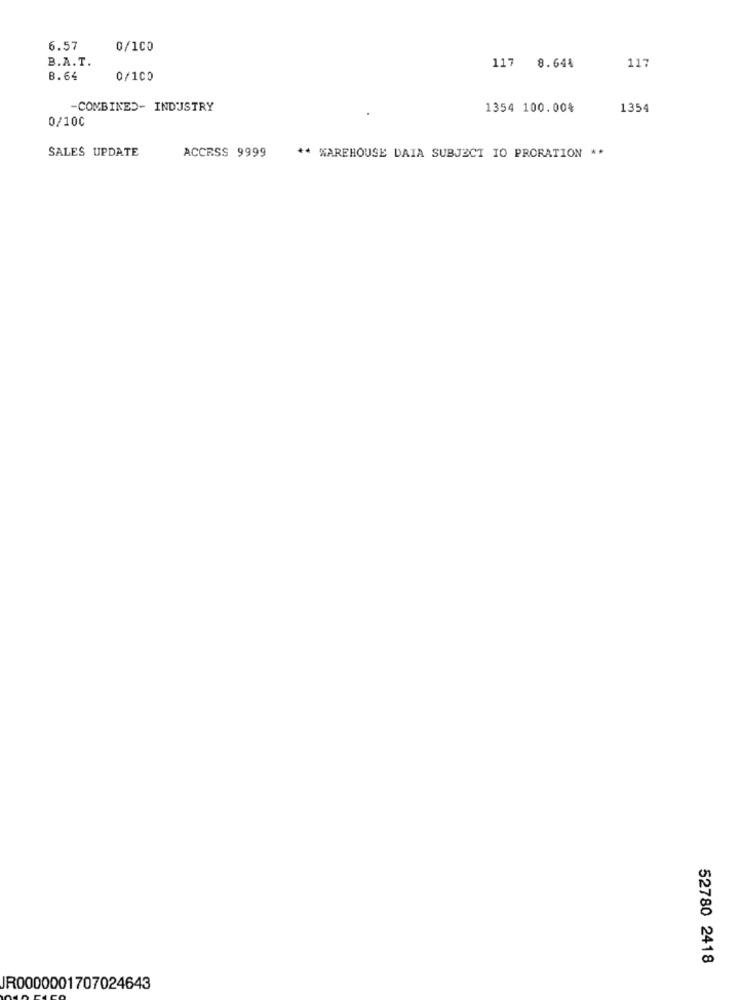
6.57
0/100
B.A.T.
117 8.64%
117
8.64
0/100
-COMBINED- INDUSTRY
1354 100.00%
1354
0/100
ACCESS 9999
SALES UPDATE
** WAREHOUSE DAIA SUBJECT TO PRORATION **
52780 2418
JR0000001707024643